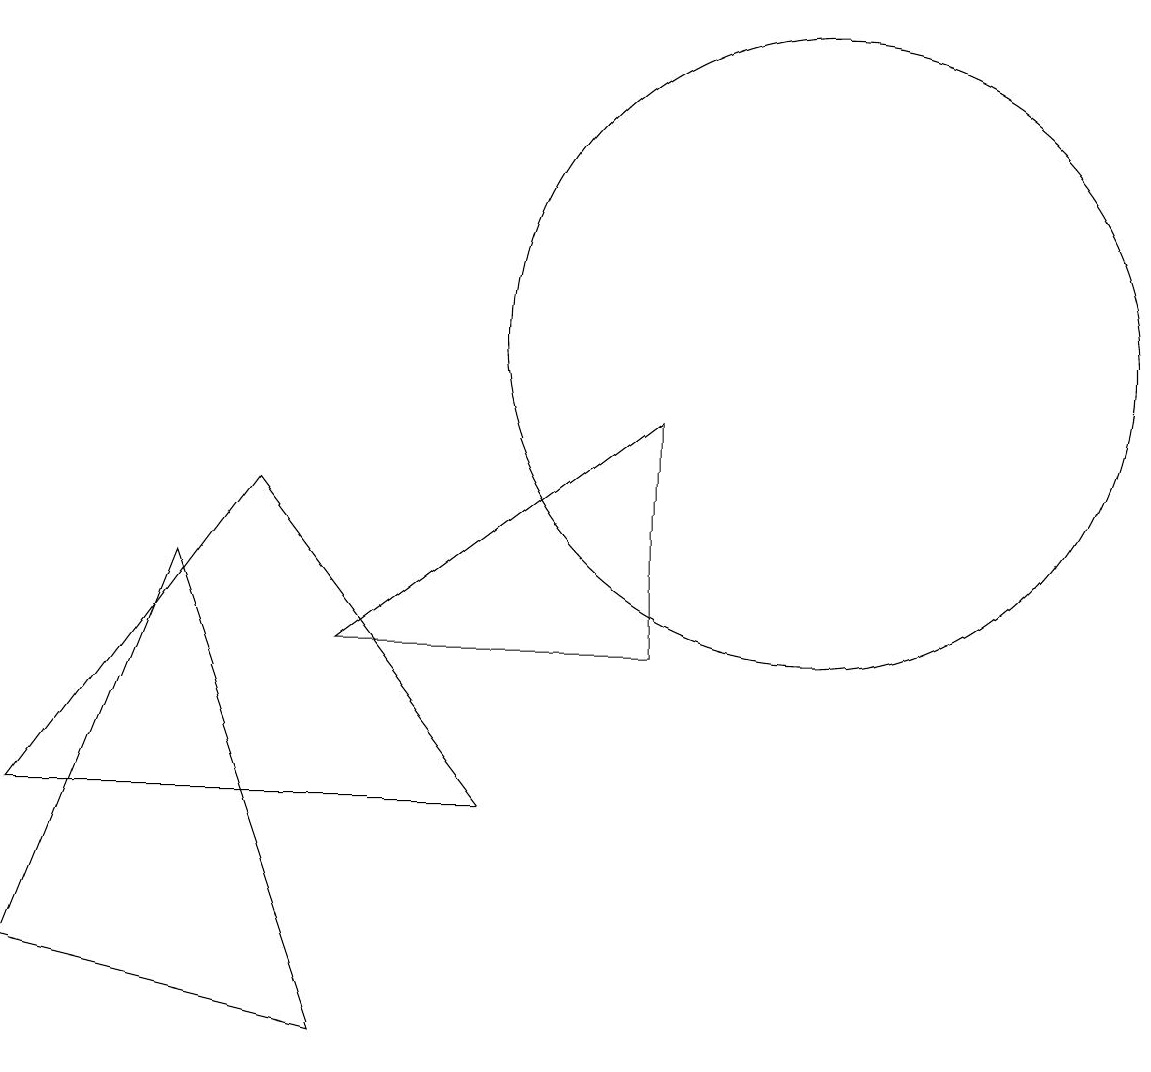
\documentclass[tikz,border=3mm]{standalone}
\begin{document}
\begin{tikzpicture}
\draw (11,10) circle (4);
\draw (5,1) -- (1,2) -- (3,7) -- cycle;
\draw (9,6) -- (9,9) -- (5,6) -- cycle;
\draw (1,4) -- (4,8) -- (7,4) -- cycle;
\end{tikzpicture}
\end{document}